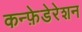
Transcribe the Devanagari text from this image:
कन्फ़ेडेरेशन